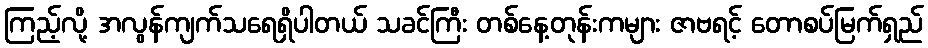
ကြည့်လို့ အလွန်ကျက်သရေရှိပါတယ် သခင်ကြီး တစ်နေ့တုန်းကများ ဇာဗရင့် တောစပ်မြက်ရှည်